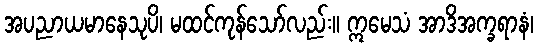
အပညာယမာနေသုပိ၊ မထင်ကုန်သော်လည်း။ ဣမေသံ အာဒိအက္ခရာနံ၊